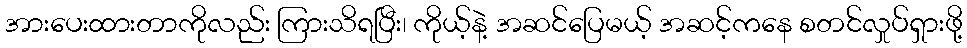
အားပေးထားတာကိုလည်း ကြားသိရပြီး၊ ကိုယ့်နဲ့ အဆင်ပြေမယ့် အဆင့်ကနေ စတင်လှုပ်ရှားဖို့